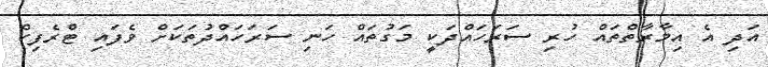
އަދި އެ އިމާރާތްތައް ހުރި ސަރަހައްދަކީ މަގުތައް ހަނި ސަރަހައްދުތަކަށް ވެފައި ޓްރެފިކް